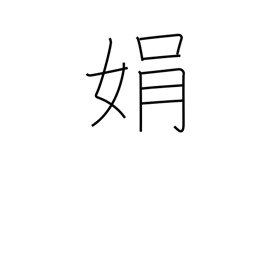
Meaning: beauty of face